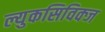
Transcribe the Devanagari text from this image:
ल्युकसिविक्ज